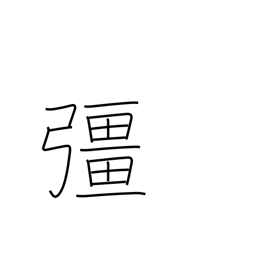
Meaning: strong